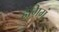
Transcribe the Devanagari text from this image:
हैंगिगं